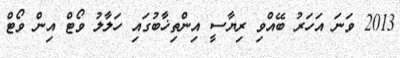
2013 ވަނަ އަހަރު ބޭއްވި ރިޔާސީ އިންތިޚާބުގައި ހަލާލު ވޯޓް އިން ވޯޓް